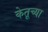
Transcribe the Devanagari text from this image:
केतूच्या